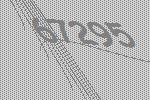
67295